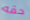
حقه